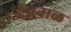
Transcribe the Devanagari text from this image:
देवनाळ